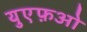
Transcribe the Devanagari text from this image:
युएफ़ओ